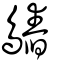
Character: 𪄻